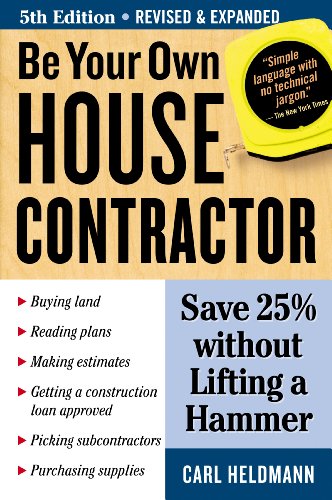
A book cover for Be Your Own House Contractor: Save 25% without Lifting a Hammer; Carl Heldmann; Arts & Photography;